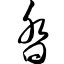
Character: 沓